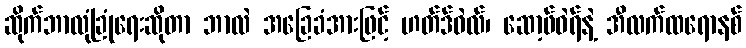
ဆိုက်ဘာလုံခြုံရေးဆိုတာ ဘာလဲ အခြေခံအားဖြင့် ဟတ်ဒ်ဝဲလ်၊ ဆော့ဖ်ဝဲရ်နဲ့ အီလက်ထရောနစ်